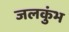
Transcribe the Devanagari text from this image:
जलकुंभ